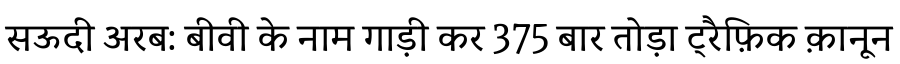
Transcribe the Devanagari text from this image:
सऊदी अरब: बीवी के नाम गाड़ी कर 375 बार तोड़ा ट्रैफ़िक क़ानून